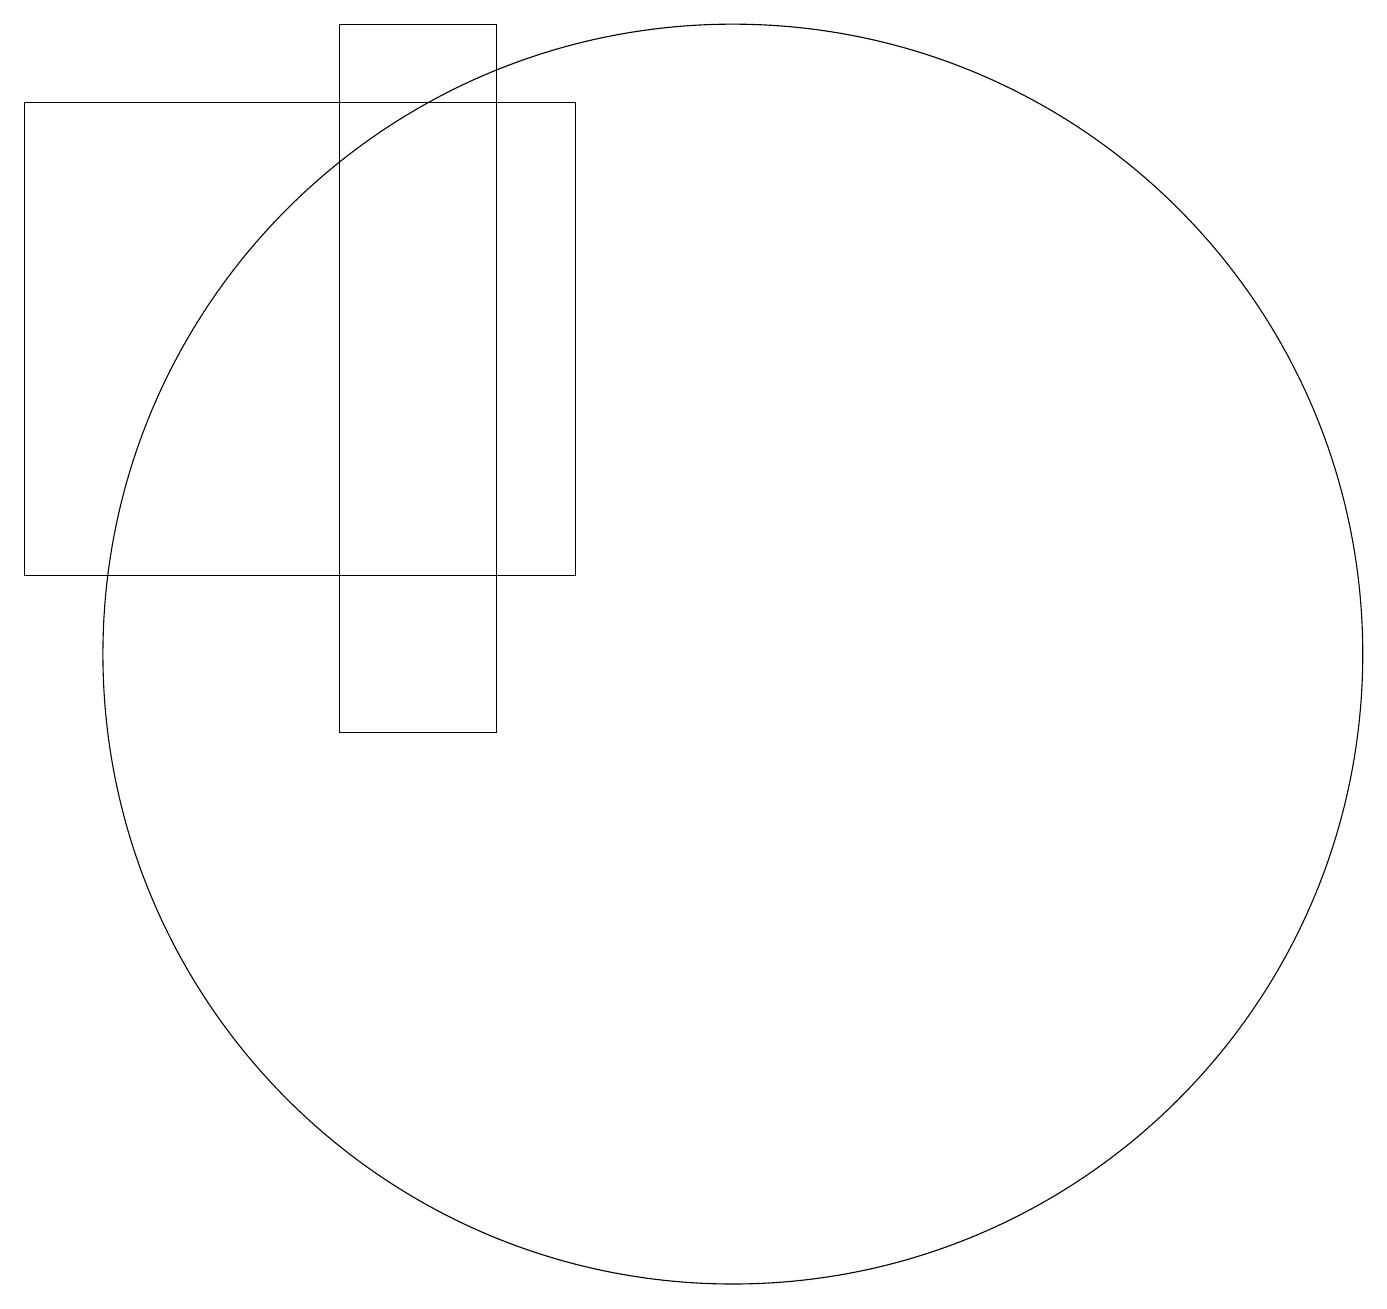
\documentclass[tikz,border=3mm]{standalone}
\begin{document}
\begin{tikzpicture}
\draw (8,12) rectangle (1,18);
\draw (10,11) circle (8);
\draw (7,19) rectangle (5,10);
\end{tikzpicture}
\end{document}